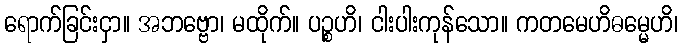
ရောက်ခြင်းငှာ။ အဘဗ္ဗော၊ မထိုက်။ ပဉ္စဟိ၊ ငါးပါးကုန်သော။ ကတမေဟိဓမ္မေဟိ၊